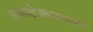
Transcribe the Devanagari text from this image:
रुमटेकप्रमाणे